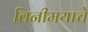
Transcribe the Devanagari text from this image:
विनीमयाचे